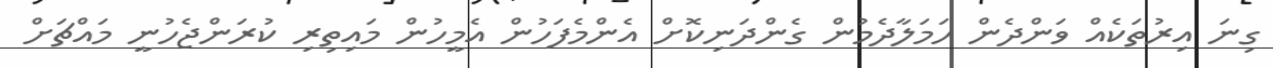
ގިނަ އިރުތަކެއް ވަންދެން ހަމަލާދެމުން ގެންދަނިކޮށް އެންމެފަހުން އެމީހުން މައިތިރި ކުރަންޖެހުނީ މައްޗަށް